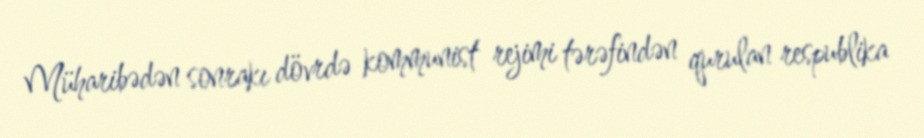
Müharibədən sonrakı dövrdə kommunist rejimi tərəfindən qurulan respublika